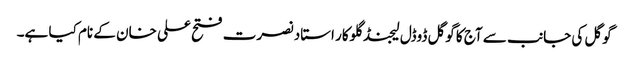
گوگل کی جانب سے آج کا گوگل ڈوڈل لیجنڈ گلوکار استاد نصرت فتح علی خان کے نام کیا ہے۔